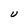
Character: U